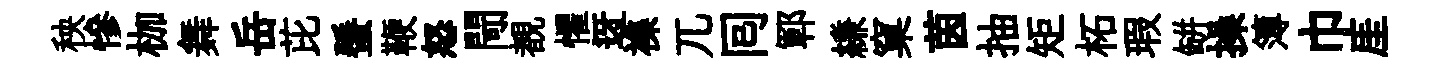
秧慘枷舞岳芘蜑鞭怒閜覩懼迓襍兀囘鄆縑窠茵抽矩柘瑕缾操簿巾厓